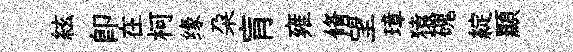
絃卽在柯缘朶肓雍脩望璋猿磈綻顯